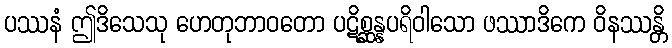
ပဿနံ ဤဒိသေသု ဟေတုဘာဝတော ပဋိစ္ဆန္နပရိဝါသော ဖဿာဒိကေ ဝိနဿန္တိ